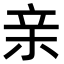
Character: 亲